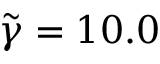
\tilde { \gamma } = 1 0 . 0